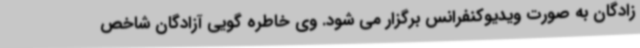
زادگان به صورت ویدیوکنفرانس برگزار می شود. وی خاطره گویی آزادگان شاخص